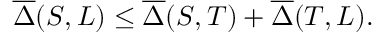
\overline { { \Delta } } ( S , L ) \leq \overline { { \Delta } } ( S , T ) + \overline { { \Delta } } ( T , L ) .